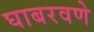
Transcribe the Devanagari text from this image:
घाबरवणे